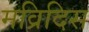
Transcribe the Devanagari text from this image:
मव्रिदिस